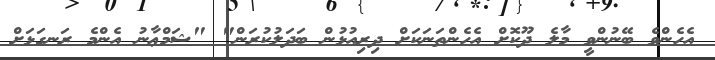
އެހެންވެ ބޭނުންވީ މާލެ ދޫކޮށް އެހެންތަނަކަށް ދިރިއުޅުން ބަދަލުކުރަން" "ޝަމްޢާނު އެންމެ ރަނގަޅަށް